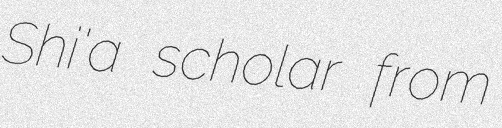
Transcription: Shi'a scholar from